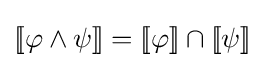
[\![\varphi \land \psi ]\!]=[\![\varphi ]\!]\cap [\![\psi ]\!]